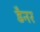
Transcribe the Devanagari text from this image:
डैनर